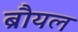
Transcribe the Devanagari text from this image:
ब्रौयल